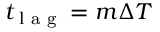
t _ { \textnormal { l a g } } = m \Delta T